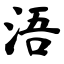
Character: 浯